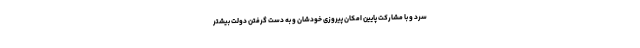
سرد و با مشارکت پایین امکان پیروزی خودشان و به دست گرفتن دولت بیشتر